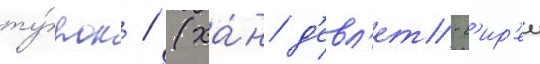
ту́рок / (ха́н д'евл'ет-г'ир'еи